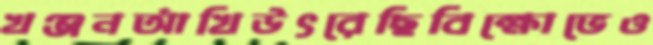
খঞ্জনআঁখিউৎরেছিবিক্ষোভেও